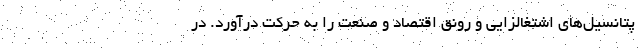
پتانسیل‌های اشتغالزایی و رونق اقتصاد و صنعت را به حرکت درآورد. در